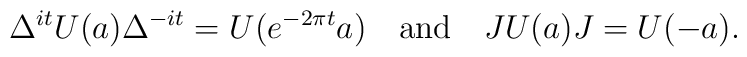
\Delta^{it}U(a)\Delta^{-it}=U(e^{-2\pi t}a)\quad{\rm and}\quad JU(a)J=U(-a).